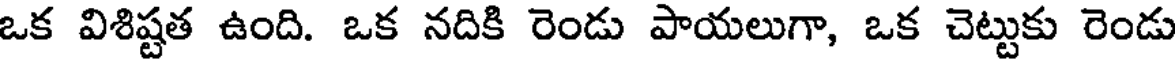
ఒక విశిష్టత ఉంది. ఒక నదికి రెండు పాయలుగా, ఒక చెట్టుకు రెండు